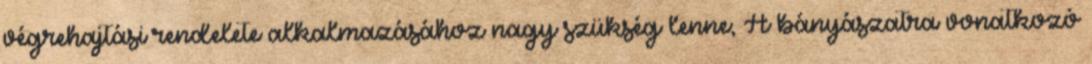
végrehajtási rendelete alkalmazásához nagy szükség lenne; A bányászatra vonatkozó